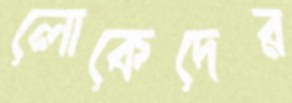
লোকেদের